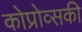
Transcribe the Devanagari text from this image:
कोप्रोव्सकी